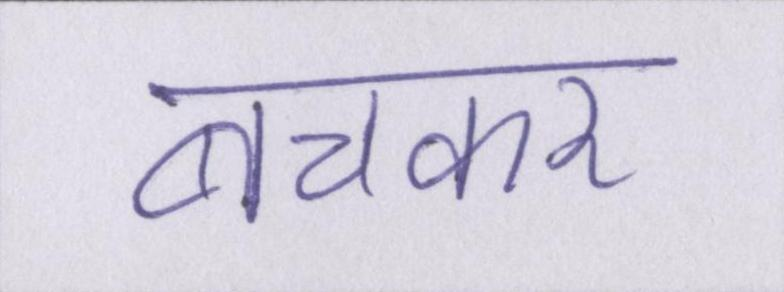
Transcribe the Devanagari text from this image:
बचकर